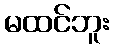
မထင်ဘူး